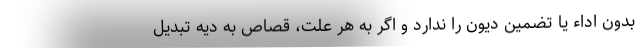
بدون اداء یا تضمین دیون را ندارد و اگر به هر علت، قصاص به دیه تبدیل